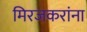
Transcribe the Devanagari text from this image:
मिरजकरांना